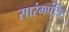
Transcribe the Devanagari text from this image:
सारंगपंडित